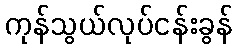
ကုန်သွယ်လုပ်ငန်းခွန်